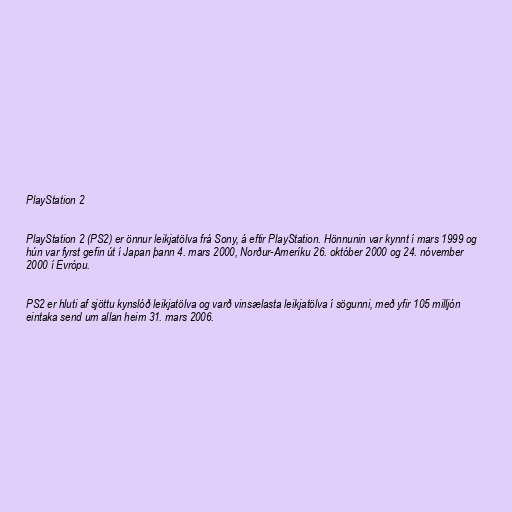
PlayStation 2

PlayStation 2 (PS2) er önnur leikjatölva frá Sony, á eftir PlayStation. Hönnunin var kynnt í mars 1999 og
hún var fyrst gefin út í Japan þann 4. mars 2000, Norður-Ameríku 26. október 2000 og 24. nóvember
2000 í Evrópu.

PS2 er hluti af sjöttu kynslóð leikjatölva og varð vinsælasta leikjatölva í sögunni, með yfir 105 milljón
eintaka send um allan heim 31. mars 2006.